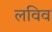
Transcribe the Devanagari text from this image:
लविव